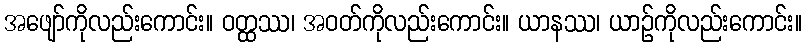
အဖျော်ကိုလည်းကောင်း။ ဝတ္ထဿ၊ အဝတ်ကိုလည်းကောင်း။ ယာနဿ၊ ယာဉ်ကိုလည်းကောင်း။